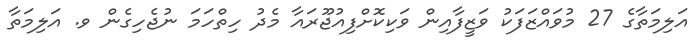
އަލިމަތާގެ 27 މުވައްޒަފަކު ވަޒީފާއިން ވަކިކޮށްފިއުޖޫރައާ މެދު ހިތްހަމަ ނުޖެހިގެން ވ. އަލިމަތާ